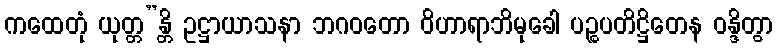
ကထေတုံ ယုတ္တ”န္တိ ဥဋ္ဌာယာသနာ ဘဂဝတော ဝိဟာရာဘိမုခေါ ပဉ္စပတိဋ္ဌိတေန ဝန္ဒိတွာ